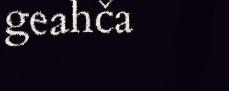
geahča